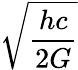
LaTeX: \sqrt{\frac{hc}{2G}}